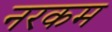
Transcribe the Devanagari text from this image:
नरकम